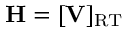
\mathbf { H } = [ \mathbf { V } ] _ { \mathrm { R T } }